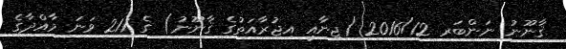
ޤާނޫނު ނަންބަރ 2016/12 (ޖިނާއީ އިޖުރާއަތުގެ ޤާނޫނު) ގެ 211 ވަނަ މާއްދާގެ